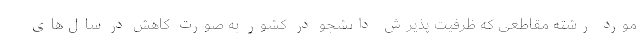
مورد رشته مقاطعی که ظرفیت پذیرش دانشجو در کشور به صورت کاهش در سال‌های